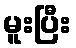
မူးပြီး